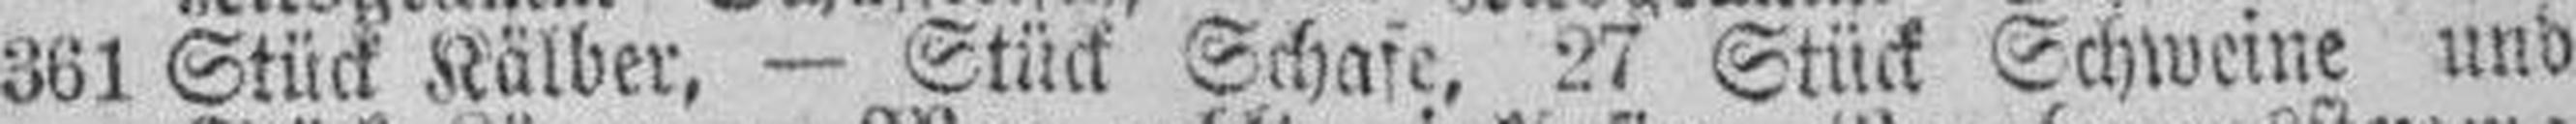
361 Stück Kälber, — Stück Schafe, 27 Stück Schweine und